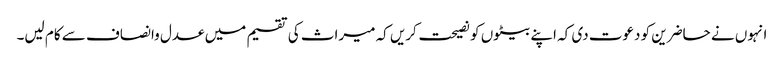
انہوں نے حاضرین کو دعوت دی کہ اپنے بیٹوں کو نصیحت کریں کہ میراث کی تقسیم میں عدل وانصاف سے کام لیں۔